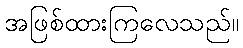
အဖြစ်ထားကြလေသည်။